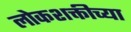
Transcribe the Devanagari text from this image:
लोकशक्तीच्या